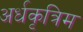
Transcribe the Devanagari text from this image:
अर्धकृत्रिम